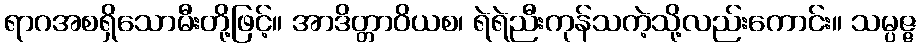
ရာဂအစရှိသောမီးတို့ဖြင့်။ အာဒိတ္တာဝိယစ၊ ရဲရဲညီးကုန်သကဲ့သို့လည်းကောင်း။ သမ္ပဇ္ဇ